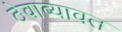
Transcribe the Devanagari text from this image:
ठेवाव्यावत